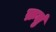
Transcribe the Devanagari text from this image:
क्रतुं